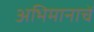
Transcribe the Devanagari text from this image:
अभिमानाचें